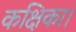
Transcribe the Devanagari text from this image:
कक्षिका।